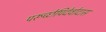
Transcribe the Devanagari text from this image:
परूच्छेपिदेवोदास